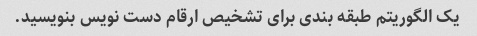
یک الگوریتم طبقه بندی برای تشخیص ارقام دست نویس بنویسید.